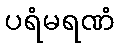
ပရံမရဏံ